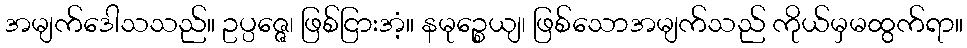
အမျက်ဒေါသသည်။ ဥပ္ပဇ္ဇေ၊ ဖြစ်ငြားအံ့။ နမုဉ္စေယျ၊ ဖြစ်သောအမျက်သည် ကိုယ်မှမထွက်ရာ။